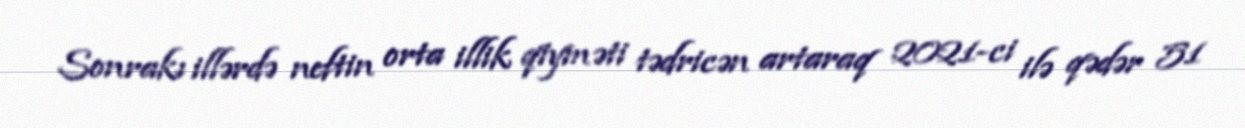
Sonrakı illərdə neftin orta illik qiyməti tədricən artaraq 2021-ci ilə qədər 51